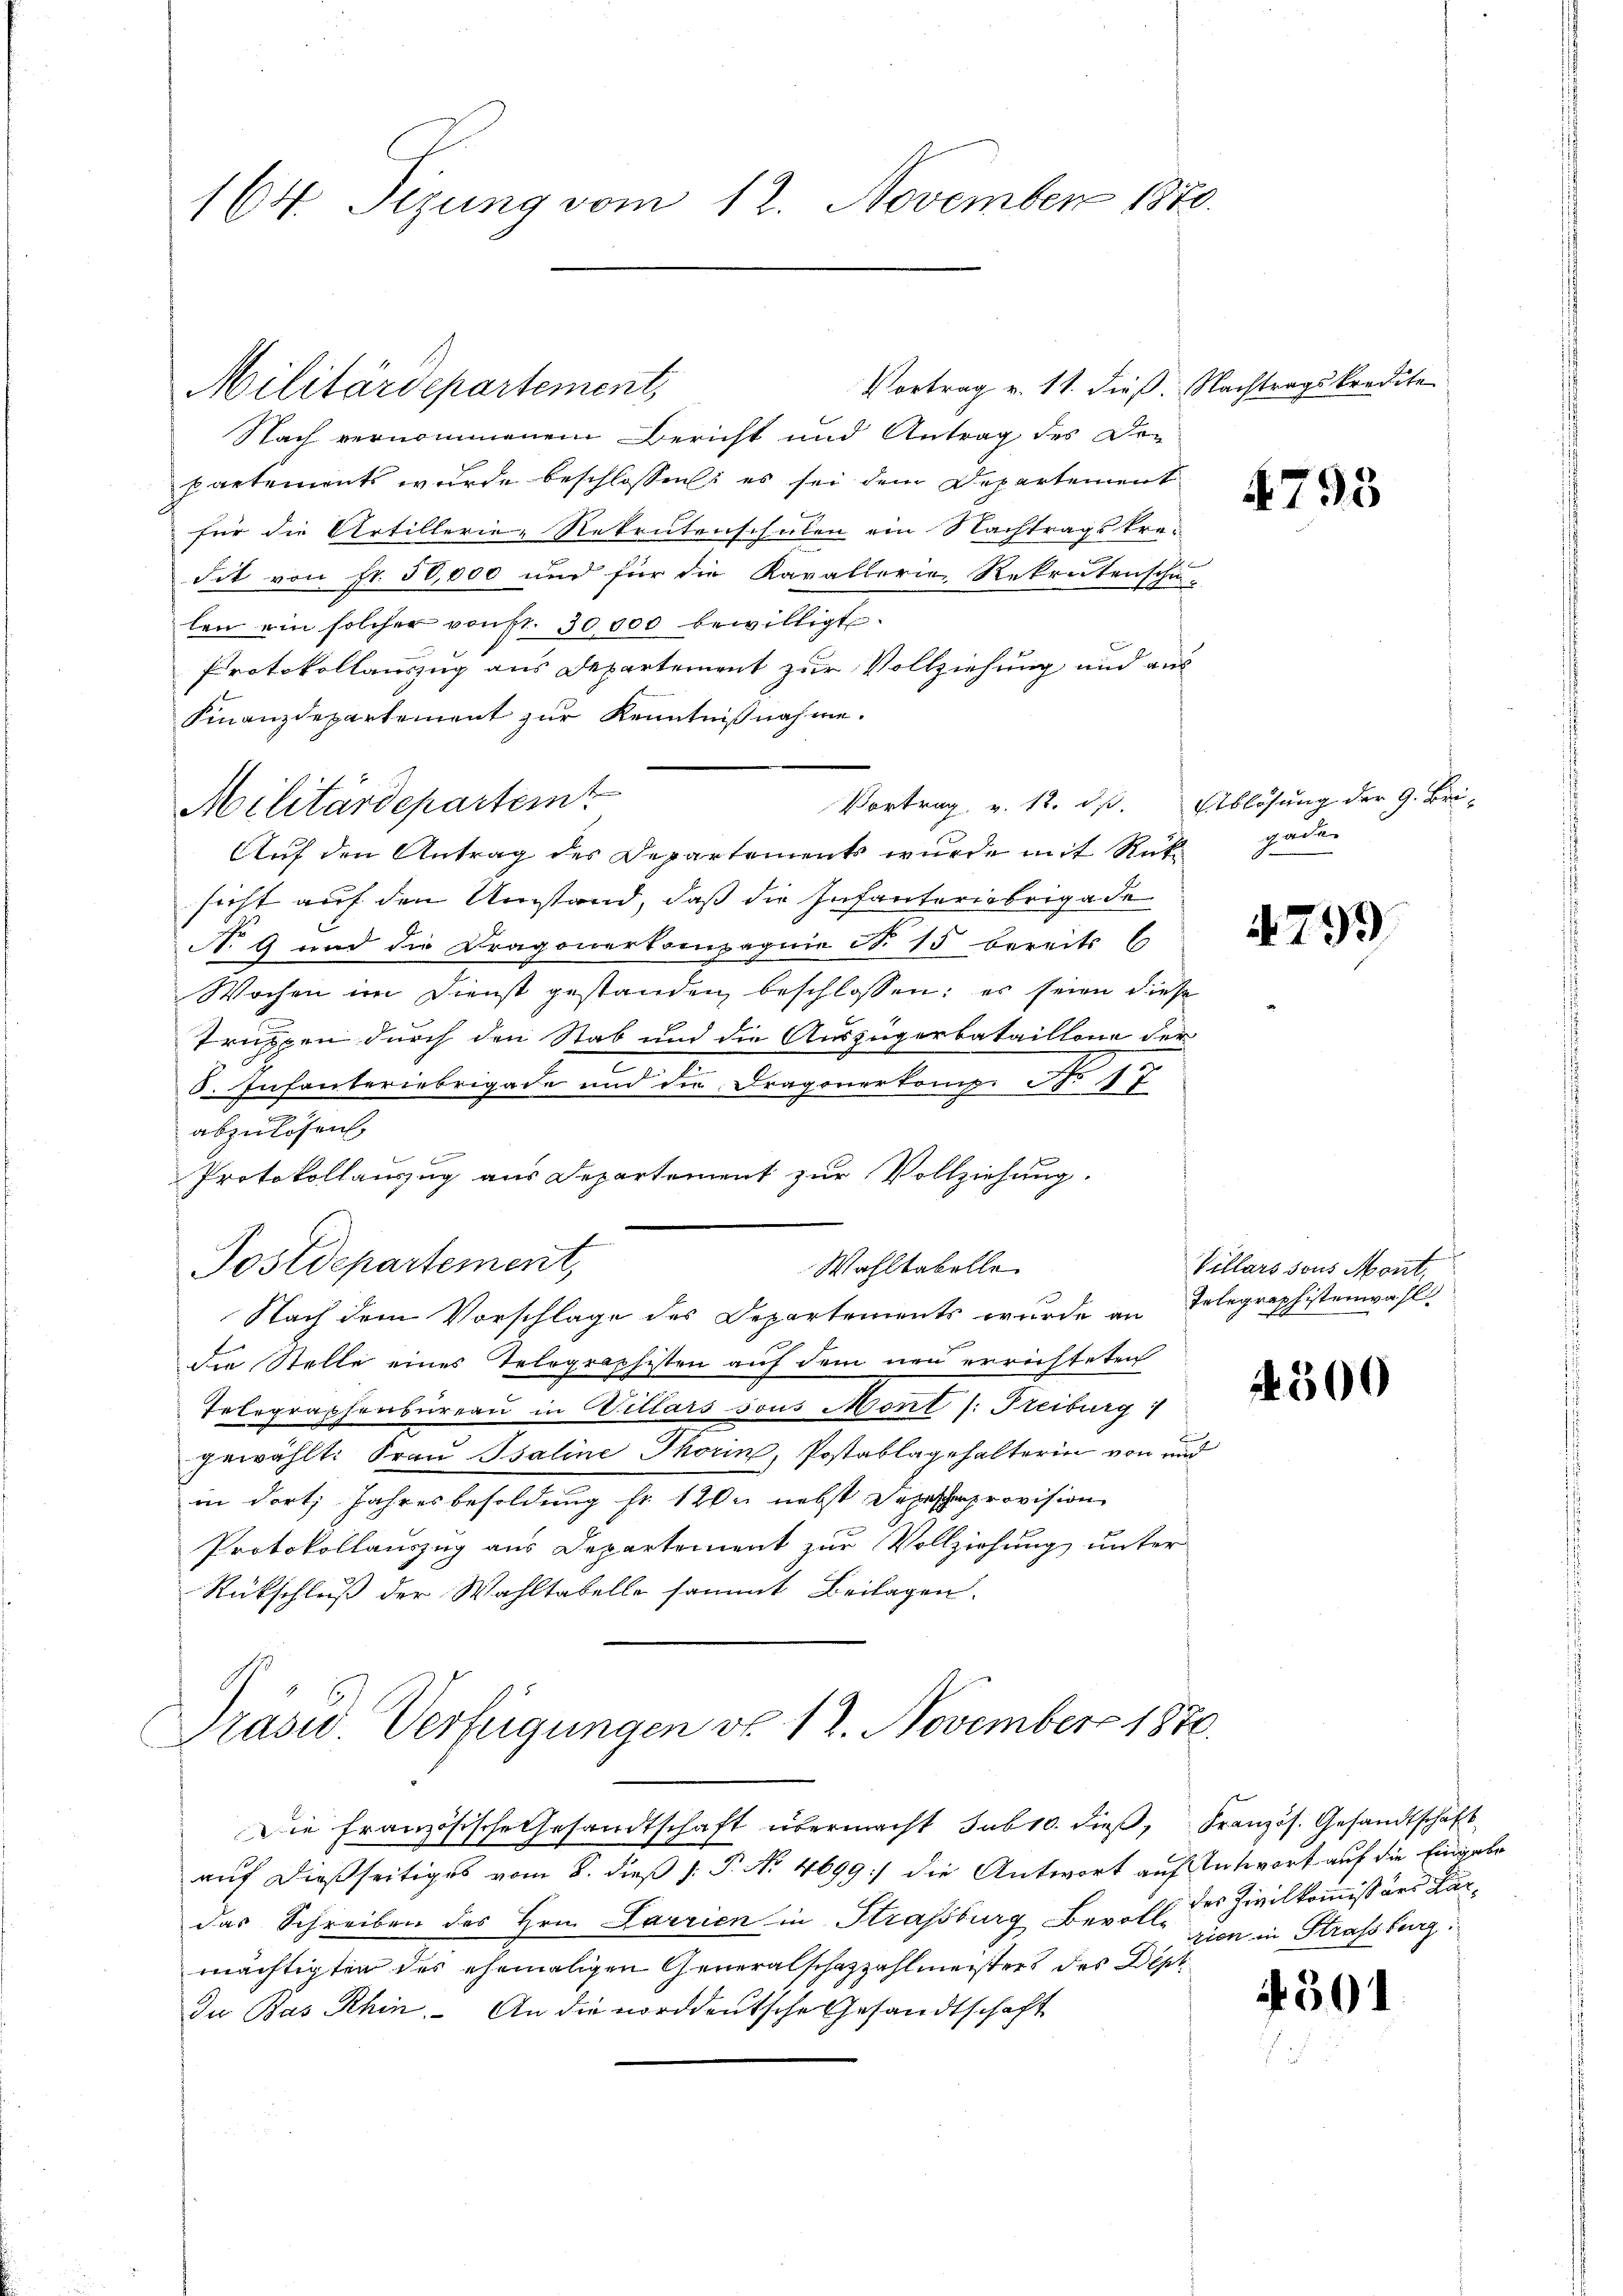
164. Sizung vom 12. November 1870.

Vortrag v. 11. dieß. Nachtragskredite
Nach vernommenen Bericht und Antrag des De-
partement wurde beschlossen: es sei dem Departement
l
für die Artillerie, Rekrutenschulen ein Nachtragskredit von Fr. 50,000 und für die Kavallerie, Rekrutenscha-
len ein solcher von fr. 30000 bewilligt.
Protokollauszug aus Departement zur Vollziehung und aus
Finanzdepartement zur Kenntnißnahme.
Vortrag v. 12. dβ. Ablösung der G. Bri-
Militärdepartemt
Auf den Antrag des Departements wurde mit Rückgaden
sicht auf den Umstand, daß die Infanteriebrigade
No 9 und die Dragonerkompagnie S. 15 bereits C
Wochen im Dienst gestanden beschlossen: es seien diese
Truppen durch den Stab und die Auszügerbataillone der
S. Infanteriebrigade und die Dragonerkomp Nr 17
abzulösen.
Protokollauszug aus Departement zur Vollziehung.
Postdepartement,
Wohltabelle
Nach dem Vorschlage des Departements wurde an Telegraphistenwahl
die Stelle eines Telegraphisten auf dem neu errichteten
Telegraphenbureau in Willars sous Mont /: Freiburg
gewählt: Frau Psaline Thorin, Postablagehalterin von und
in dort, Jahresbesoldung sr 1ten nebst Depeschenprovision
Protokollauszug aus Departement zur Vollziehung unter
Rückschluß der Wahltabelle sammt Beilagen.
Präsid. Verfügungen vo 12. November 1870.
Die Französische Gesandtschaft übermacht sub 10. dieß, Französ. Gesandtschäft
auf dießseitiges vom 8. dieß (: P. No 4699) die Antwort auf Antwort auf die Eingabe
das Schreiben des Hrn. Larrien in Strassburg Bevolle zum in Strassburg.
mächtigten des ehemaligen Generalschazzahlmeisters des Dept
Iu Bas Rhin. An die norddeutsche Gesandtschaft

Militärdepartement,

4793

4799

Villars sous Mont

4300

des Zivilkommissärs Par¬

4501